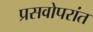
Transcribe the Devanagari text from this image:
प्रसवोपरांत